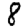
Digit: 8